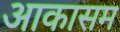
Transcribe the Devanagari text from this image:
आकासम